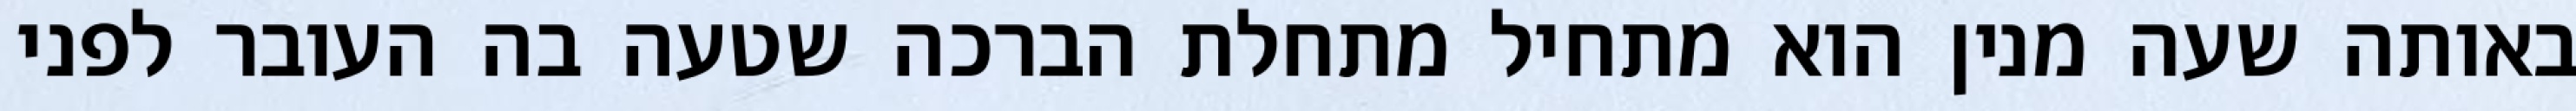
באותה שעה מנין הוא מתחיל מתחלת הברכה שטעה בה העובר לפני